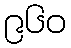
၉၆၀